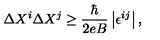
\Delta X ^ { i } \Delta X ^ { j } \geq \frac { \hbar } { 2 e B } \left| \epsilon ^ { i j } \right| ,